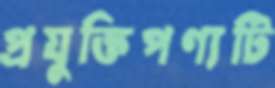
প্রযুক্তিপণ্যটি